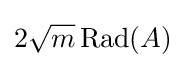
2{\sqrt {m}}\operatorname {Rad} (A)